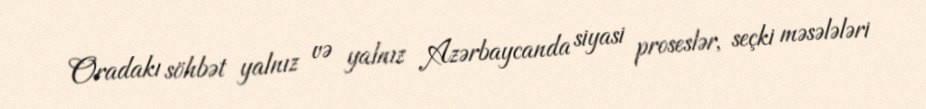
Oradakı söhbət yalnız və yalnız Azərbaycanda siyasi proseslər, seçki məsələləri